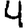
Digit: 4